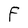
Character: O